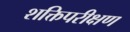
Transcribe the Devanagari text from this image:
शक्तिपरीक्षण